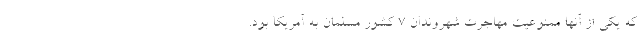
که یکی از آنها ممنوعیت مهاجرت شهروندان 7 کشور مسلمان به آمریکا بود.